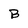
Character: B